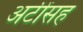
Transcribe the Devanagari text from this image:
अटींसह